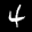
Label: 4